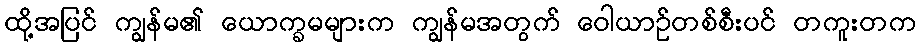
ထို့အပြင် ကျွန်မ၏ ယောက္ခမများက ကျွန်မအတွက် ဝေါယာဉ်တစ်စီးပင် တကူးတက